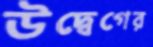
উদ্বেগের